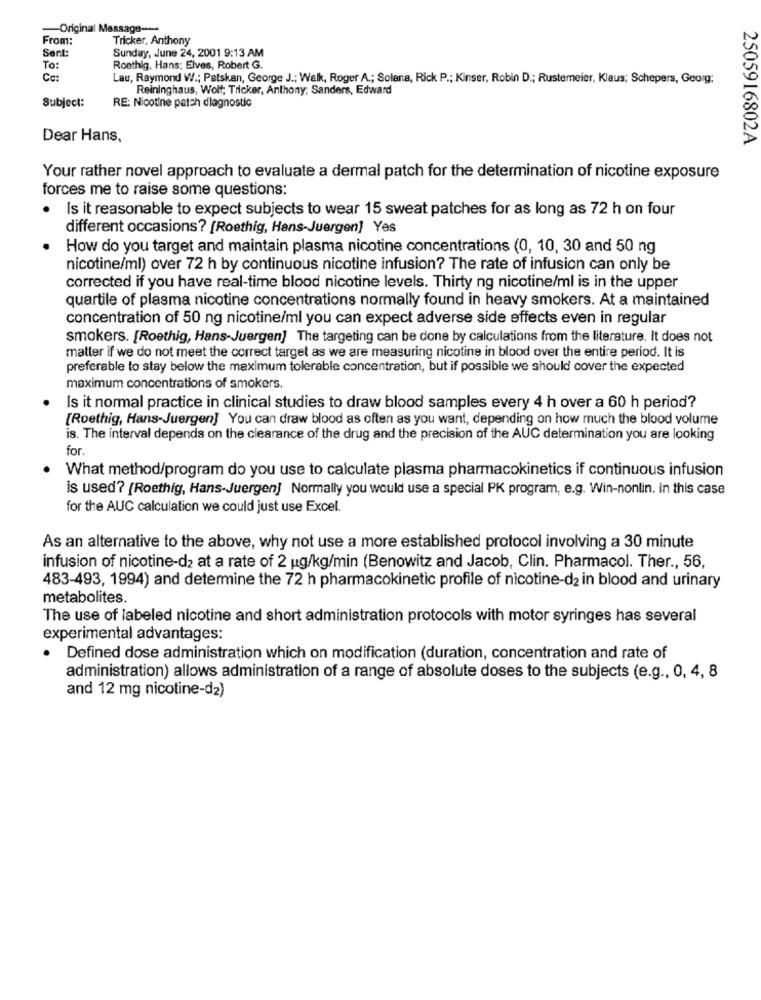
-Original Message --
From:
Tricker, Anthony
Sunday, June 24, 2001 9:13 AM
Sent:
To:
Rosthig, Hans; Elves, Robert G.
Ce:
Lau, Raymond W .; Patskan, George J .; Walk, Roger A .; Solana, Rick P .; Kinser, Robin D .; Rustemeier, Klaus; Schepers, Georg;
Reininghaus, Wolf; Tricker, Anthony; Sanders, Edward
Subject:
RE: Nicotine patch diagnostic
Dear Hans,
2505916802A
Your rather novel approach to evaluate a dermal patch for the determination of nicotine exposure
forces me to raise some questions:
Is it reasonable to expect subjects to wear 15 sweat patches for as long as 72 h on four
different occasions? [Roethig, Hans-Juergen] Yes
How do you target and maintain plasma nicotine concentrations (0, 10, 30 and 50 ng
nicotine/ml) over 72 h by continuous nicotine infusion? The rate of infusion can only be
corrected if you have real-time blood nicotine levels. Thirty ng nicotine/ml is in the upper
quartile of plasma nicotine concentrations normally found in heavy smokers. At a maintained
concentration of 50 ng nicotine/ml you can expect adverse side effects even in regular
smokers. [Roethig, Hans-Juergen] The targeting can be done by calculations from the literature. It does not
matter if we do not meet the correct target as we are measuring nicotine in blood over the entire period. It is
preferable to stay below the maximum tolerable concentration, but if possible we should cover the expected
maximum concentrations of smokers.
Is it normal practice in clinical studies to draw blood samples every 4 h over a 60 h period?
[Roethig, Hans-Juergen] You can draw blood as often as you want, depending on how much the blood volume
is. The interval depends on the clearance of the drug and the precision of the AUC determination you are looking
for.
What method/program do you use to calculate plasma pharmacokinetics if continuous infusion
is used? (Roethig, Hans-Juergen] Normally you would use a special PK program, e.g. Win-nonlin. In this case
for the AUC calculation we could just use Excel.
As an alternative to the above, why not use a more established protocol involving a 30 minute
infusion of nicotine-d2 at a rate of 2 ug/kg/min (Benowitz and Jacob, Clin. Pharmacol. Ther ., 56,
483-493, 1994) and determine the 72 h pharmacokinetic profile of nicotine-d2 in blood and urinary
metabolites.
The use of labeled nicotine and short administration protocols with motor syringes has several
experimental advantages:
Defined dose administration which on modification (duration, concentration and rate of
administration) allows administration of a range of absolute doses to the subjects (e.g ., 0, 4, 8
and 12 mg nicotine-d2)